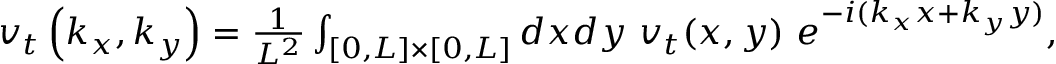
\begin{array} { r } { \boldsymbol { v } _ { t } \left( k _ { x } , k _ { y } \right) = \frac { 1 } { L ^ { 2 } } \int _ { [ 0 , L ] \times [ 0 , L ] } d x d y \ \boldsymbol { v } _ { t } ( x , y ) \ e ^ { - i ( k _ { x } x + k _ { y } y ) } , } \end{array}